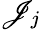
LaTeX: \mathscr{J}_{j}